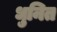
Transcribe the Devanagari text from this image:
धुनित